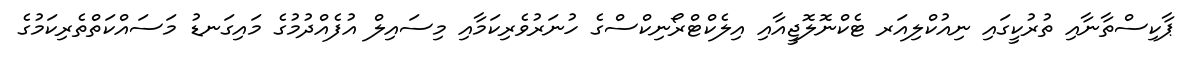
ޕާކިސްތާނާއި ތުރުކީގައި ނިއުކްލިއަރ ޓެކްނޮލޮޖީއާއި އިލެކްޓްރޯނިކްސްގެ ހުނަރުވެރިކަމާއި މިސައިލް އުފެއްދުމުގެ މައިގަނޑު މަސައްކަތްތެރިކަމުގެ